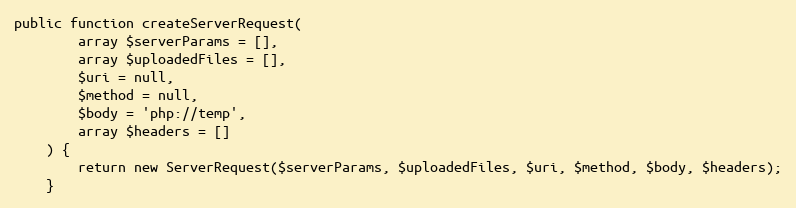
Language: PHP
public function createServerRequest(
        array $serverParams = [],
        array $uploadedFiles = [],
        $uri = null,
        $method = null,
        $body = 'php://temp',
        array $headers = []
    ) {
        return new ServerRequest($serverParams, $uploadedFiles, $uri, $method, $body, $headers);
    }